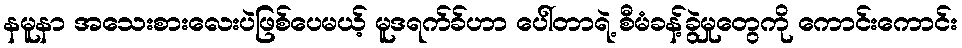
နမူနာ အသေးစားလေးပဲဖြစ်ပေမယ့် မူဒရက်ခ်ဟာ ပေါ်တာရဲ့ စီမံခန့်ခွဲမှုတွေကို ကောင်းကောင်း